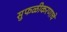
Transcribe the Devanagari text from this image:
सुफळीकरणाचे